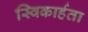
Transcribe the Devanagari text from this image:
स्विकार्हता